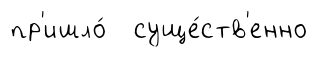
пр'ишло́ суще́ств'енно